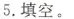
5.填空。